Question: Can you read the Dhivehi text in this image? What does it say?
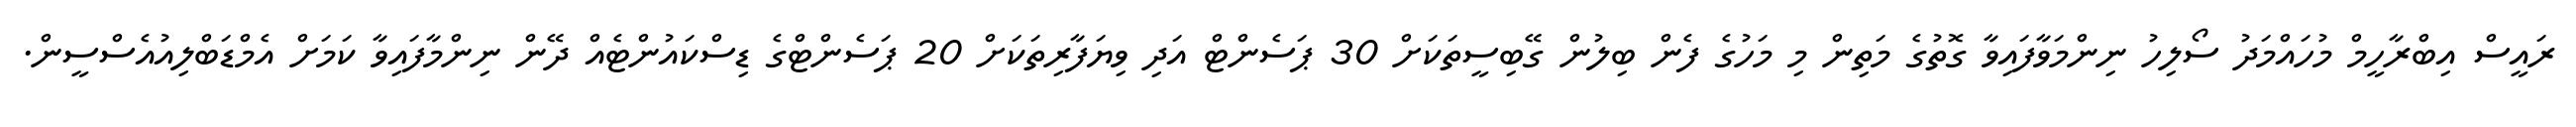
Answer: ރައީސް އިބްރާހީމް މުހައްމަދު ސޯލިހު ނިންމަވާފައިވާ ގޮތުގެ މަތިން މި މަހުގެ ފެން ބިލުން ގޭބިސީތަކަށް 30 ޕަސެންޓް އަދި ވިޔަފާރިތަކަށް 20 ޕަސެންޓްގެ ޑިސްކައުންޓެއް ދޭން ނިންމާފައިވާ ކަމަށް އެމްޑަބްލިއުއެސްސީން.